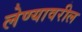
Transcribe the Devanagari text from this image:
लेण्यावरील